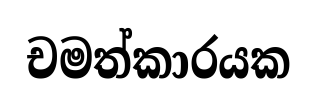
චමත්කාරයක